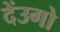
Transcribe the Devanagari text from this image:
देंउगो